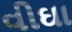
વીઘા